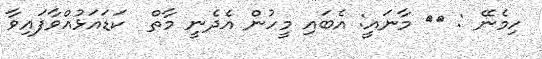
ހިމެނޭ : ١٥ މާނައީ: އެބައި މީހުން އެދެނީ މާތް  ކަޑައަޅުއްވާފައިވާ